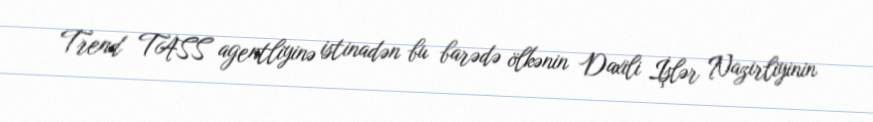
Trend TASS agentliyinə istinadən bu barədə ölkənin Daxili İşlər Nazirliyinin